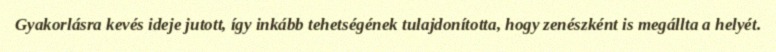
Gyakorlásra kevés ideje jutott, így inkább tehetségének tulajdonította, hogy zenészként is megállta a helyét.